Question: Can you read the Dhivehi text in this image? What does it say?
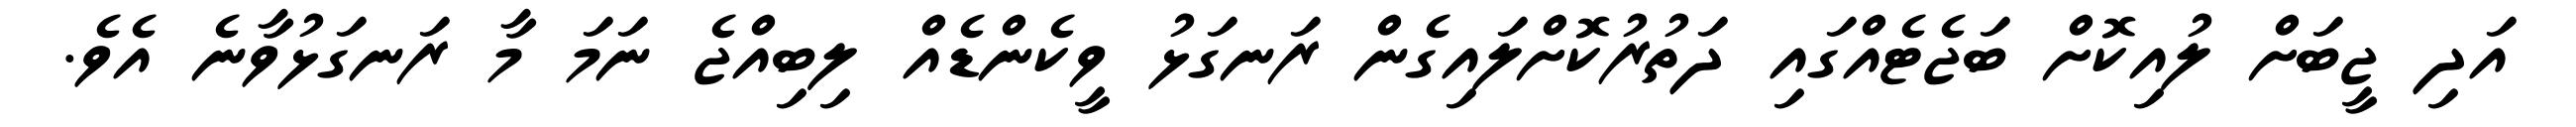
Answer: އަދި ޖީބަށް ލުއިކޮށް ބަޖެޓެއްގައި ދަތުރުކޮށްލައިގެން ރަނގަޅު ވީކެންޑެއް ލިބިއްޖެ ނަމަ މާ ރަނގަޅުވާނެ އެވެ.